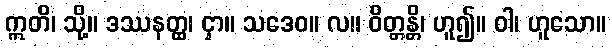
ဣတိ၊ သို့။ ဒဿနတ္ထ၊ ငှာ။ သဒေဝ။ လ။ ဝိတ္တန္တိ၊ ဟူ၍။ ဝါ၊ ဟူသော။